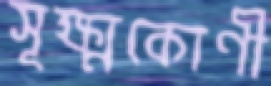
সূক্ষ্মকোণী